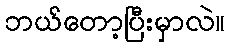
ဘယ်တော့ပြီးမှာလဲ။